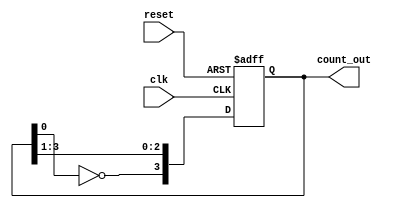
module twisted_johnson_counter (
    input wire clk,
    input wire reset,
    output reg [3:0] count_out
);

always @(posedge clk or posedge reset) begin
    if (reset) begin
        count_out <= 4'b0000;
    end else begin
        count_out <= {~count_out[0], count_out[3:1]};
    end
end

endmodule